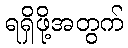
ရရှိဖို့အတွက်